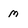
Character: m